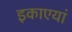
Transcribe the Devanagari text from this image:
इकाएयां